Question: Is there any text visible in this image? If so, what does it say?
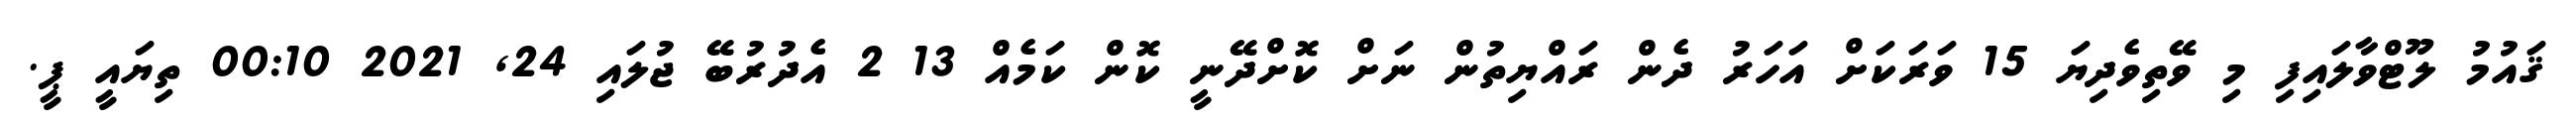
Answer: ޤައުމު ލޫޓްވާލައިފި މި ވޭތިވެދިޔަ 15 ވަރަކަށް އަހަރު ދެން ރައްޔިތުން ނަށް ކޮށްދޭނީ ކޮން ކަމެއް 13 2 އެދުރުބޭ ޖުލައި 24, 2021 00:10 ތިޔައީ ޕީ.